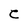
Character: C